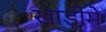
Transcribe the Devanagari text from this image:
खाड़ीमें